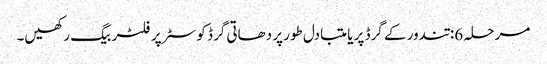
مرحلہ 6: تندور کے گرڈ پر یا متبادل طور پر دھاتی گرڈ کوسٹر پر فلٹر بیگ رکھیں۔